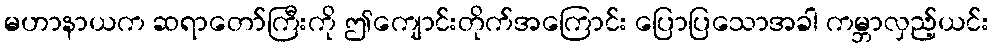
မဟာနာယက ဆရာတော်ကြီးကို ဤကျောင်းတိုက်အကြောင်း ပြောပြသောအခါ ကမ္ဘာလှည့်ယင်း